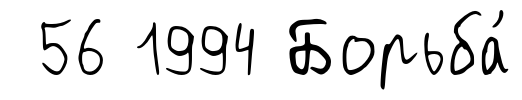
56 1994 Борьба́